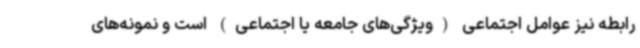
رابطه نیز عوامل اجتماعی (ویژگی‌های جامعه یا اجتماعی) است و نمونه‌های